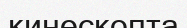
кинескопта